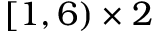
[ 1 , 6 ) \times 2